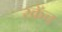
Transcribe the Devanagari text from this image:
स्क्रॅच